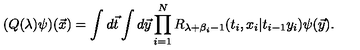
( Q ( \lambda ) \psi ) ( { \vec { x } } ) = \int d { \vec { t } } \int d { \vec { y } } \prod _ { i = 1 } ^ { N } R _ { \lambda + \beta _ { i } - 1 } ( t _ { i } , x _ { i } | t _ { i - 1 } y _ { i } ) \psi ( { \vec { y } } ) .